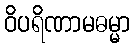
ဝိပရိဏာမဓမ္မာ